Vaccine operations Central Provinces & Berar 1912-1920 - 1912-1920
Year: 1912
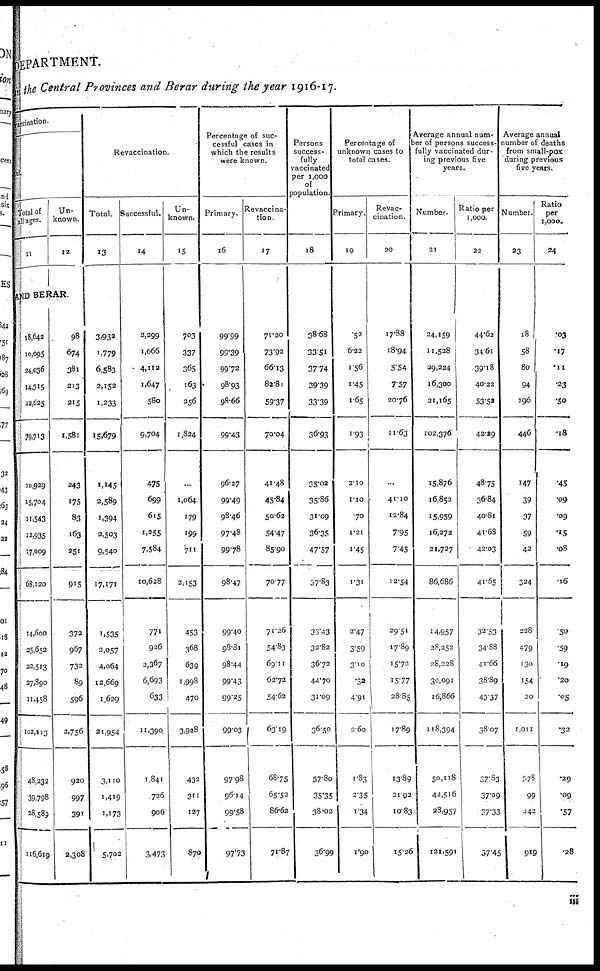
DEPARTMENT.
in the Central Provinces and Berar during the year 1916-17.
vaccination.
ful.
Total of
all ages.
11
Un-
known.
12
AND BERAR.
18,642
10,095
24,036
14,315
12,625
79,713
10,929
15,704
11,543
12,935
17,009
68,120
14,600
25,652
22,513
27,890
11,458
102,113
48,232
39,798
28,589
116,619
98
674
381
213
215
1,581
243
175
83
163
251
915
372
967
732
89
596
2,756
920
997
391
2,308
Revaccination.
Total.
13
3,932
1,779
6,583
2,152
1,233
15,679
1,145
2,589
1,394
2,503
9,540
17,171
1,535
2,057
4,064
12,669
1,629
21,954
3,110
1,419
1,173
5,702
Successful.
14
2,299
1,066
4,112
1,647
580
9,704
475
699
615
1,255
7,584
10,628
771
926
2,367
6,693
633
11,390
1,841
726
906
3,473
Un-
known.
15
703
337
365
163
256
1,824
...
1,064
179
199
711
2,153
453
368
639
1,998
470
3,928
432
311
127
870
Percentage of suc-
cessful cases in
which the results
were known.
Primary.
16
99.99
99.39
99.72
98.93
98.66
99.43
96.27
99.49
98.46
97.48
99.78
98.47
99.40
98.81
98.44
99.43
99.25
99.03
97.98
96.14
99.58
97.73
Revaccina-
tion
17
71.20
73.92
66.13
82.81
59.37
70.04
41.48
45.84
50.62
54.47
85.90
70.77
71.26
54.83
69.11
62.72
54.62
63.19
68.75
65.52
86.62
71.87
Persons
success-
fully
vaccinated
per 1,000
of
population.
18
38.68
33.51
37.74
39.39
33.39
36.93
35.02
35.86
31.09
36.35
47.57
67.83
33.43
32.82
36.72
44.70
31.09
36.50
37.80
35.35
38.02
36.99
Percentage of
unknown cases to
total cases.
Primary.
19
.52
6.22
1.56
1.45
1.65
1.93
2.10
1.10
.70
1.21
1.45
1.31
2.47
3.59
3.10
.32
4.91
2.60
1.83
2.35
1.34
1.90
Revac-
cination.
20
17.88
18.94
5.54
7.57
20.76
11.63
...
41.10
12.84
7.95
7.45
12.54
29.51
17.89
15.72
15.77
28.85
17.89
13.89
21.92
10.83
15.26
Average annual num-
ber of persons success-
fully vaccinated dur-
ing previous five
years.
Number.
21
24,159
11,528
29,224
16,300
21,165
102,376
15,876
16,852
15,959
16,272
21,727
86,686
14,957
28,252
28,228
30,091
16,866
118,394
50,118
42,516
28,957
121,591
Ratio per
1,000.
22
44.62
34.61
39.18
40.22
53.52
42.29
48.75
36.84
40.81
41.68
42.03
41.65
32.53
34.88
41.66
38.89
43.37
38.07
37.83
37.09
37.33
37.45
Average annual
number of deaths
from small-pox
during previous
five years.
Number.
23
18
58
80
94
196
446
147
39
37
59
42
324
228
479
130
154
20
1,011
678
99
442
919
Ratio
per
1,000.
24
.03
.17
.11
.23
.50
.18
.45
.09
.09
.15
.08
.16
.50
.59
.19
.20
.05
.32
.29
.09
.57
.28
iii